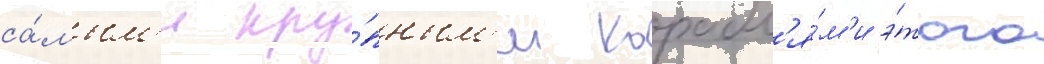
са́мым'и кру́пным'и корабл'я́м'и э́того